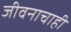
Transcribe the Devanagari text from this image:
जीवनाचाही